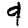
Digit: 9